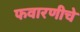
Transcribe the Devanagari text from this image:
फवारणीचे